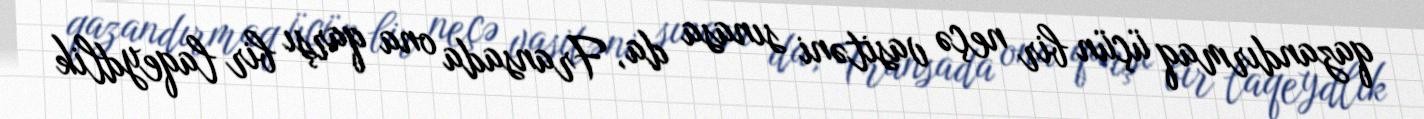
qazandırmaq üçün bir neçə vasitəni sınasa da, Fransada ona qarşı bir laqeydlik